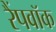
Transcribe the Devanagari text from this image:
रैंपवॉक